Madras plague regulations in force outside the Presidency town - Volume 3
Disease focus: Plague
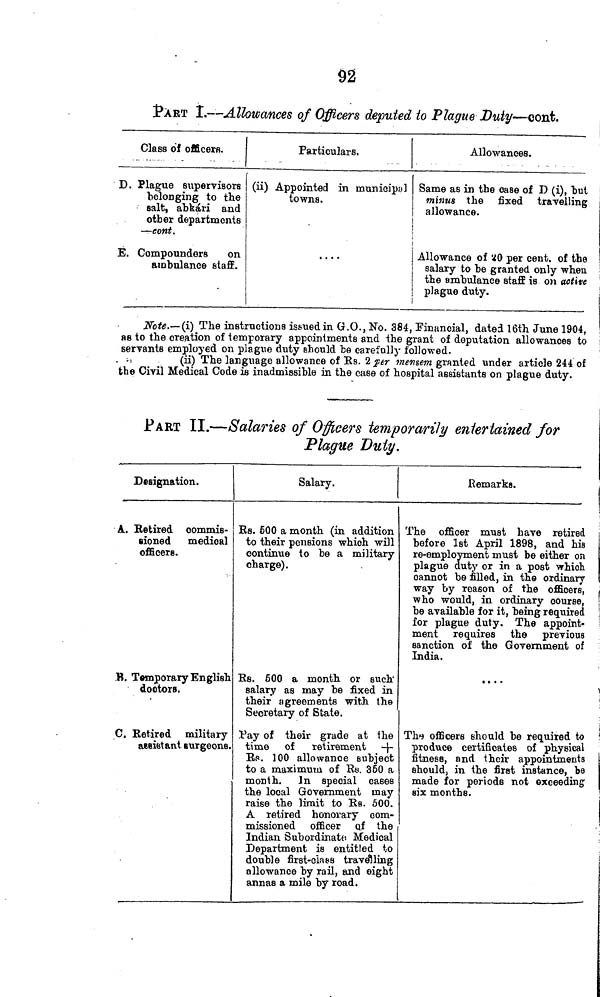
92
J?ART I.—Allowances of Officers deputed to Plague Duty—oont.
Class of officerfl.
D. Plague supervisors
belonging to the
salt, abkári and
other departments
— eont.
E. Compounders
on
ambulance staff.
Particulars.
(ii) Appointed in munioip¡i]
towns.
....
Allowances.
Same as in the case of D (i), but
minus the fixed travelling
allowance.
Allowance of KO per cent, of the
salary to be granted only when
the ambulance staff is on active
plague duty.
Note.—(i) The instructions is&uedin G.O., No. 384, Financial, dated 16th June 1904,
as to the creation of temporary appointments and the grant of deputation allowances to
servants employed on piague duty ehould be carefully followed.
. i>
(ii) The language allowance of Rs. 2 jar mensem granted under article 244 of
the Civil Medical Code is inadmissible in the case of hospital assistants on plague duty.
PART II.—Salaries of Officers temporarily entertained for
Plague Duty.
Designation.
A. Betired commis-
sioned medical
officers.
B. Temporary English
doctors.
C. Retired military
assistant surgeons.
Salary.
Rs. 600 a month (in addition
to their pensions which will
continue to be a military
charge).
Rs. 600 a month or such
salary as may be fixed in
their agreements with the
Secretary of State.
!Pay of their grade at the
time of retirement -f-
Re. 100 allowance subject
to a maximum of KB. 350 a
month. In special cases
the local Government may
raise the limit to Rs. 500.
A retired honorary com-
missioned officer QÍ the
Indian Subordinate Medical
Department is entitled to
double first-class travelling
allowance by ran, and eight
annas a mile by road.
Remarks.
The officer must have retired
before 1st April 1898, and his
re-employment must be either on
plague duty or in a post which
cannot be filled, in the ordinary
way by reason of the officers,
who would, in ordinary course,
be available for it, being required
for plague duty. The appoint-
ment requires the previous
sanction of the Government of
India.
....
The officers should be required to
produce certificates of physical
fitness, and their appointments
should, in the first instance, be
made for periods not exceeding
six months.